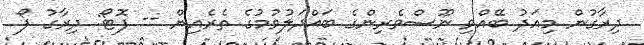
ދިރާގުން މިއަދު ބޭއްވި ނޫސްވެރިންގެ ބައްދަލުވުމުގެ ތެރެއިން -- ފޮޓޯ: ދިރާގު ފޯ